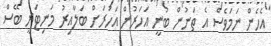
އެހެން ނަމަވެސް އެ ތަނުން ބުނީ އަހަރުން އަހަރަށް ބަލާއިރު މަނިޓަރީ ބޭސް